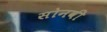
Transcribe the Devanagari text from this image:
सोनवी